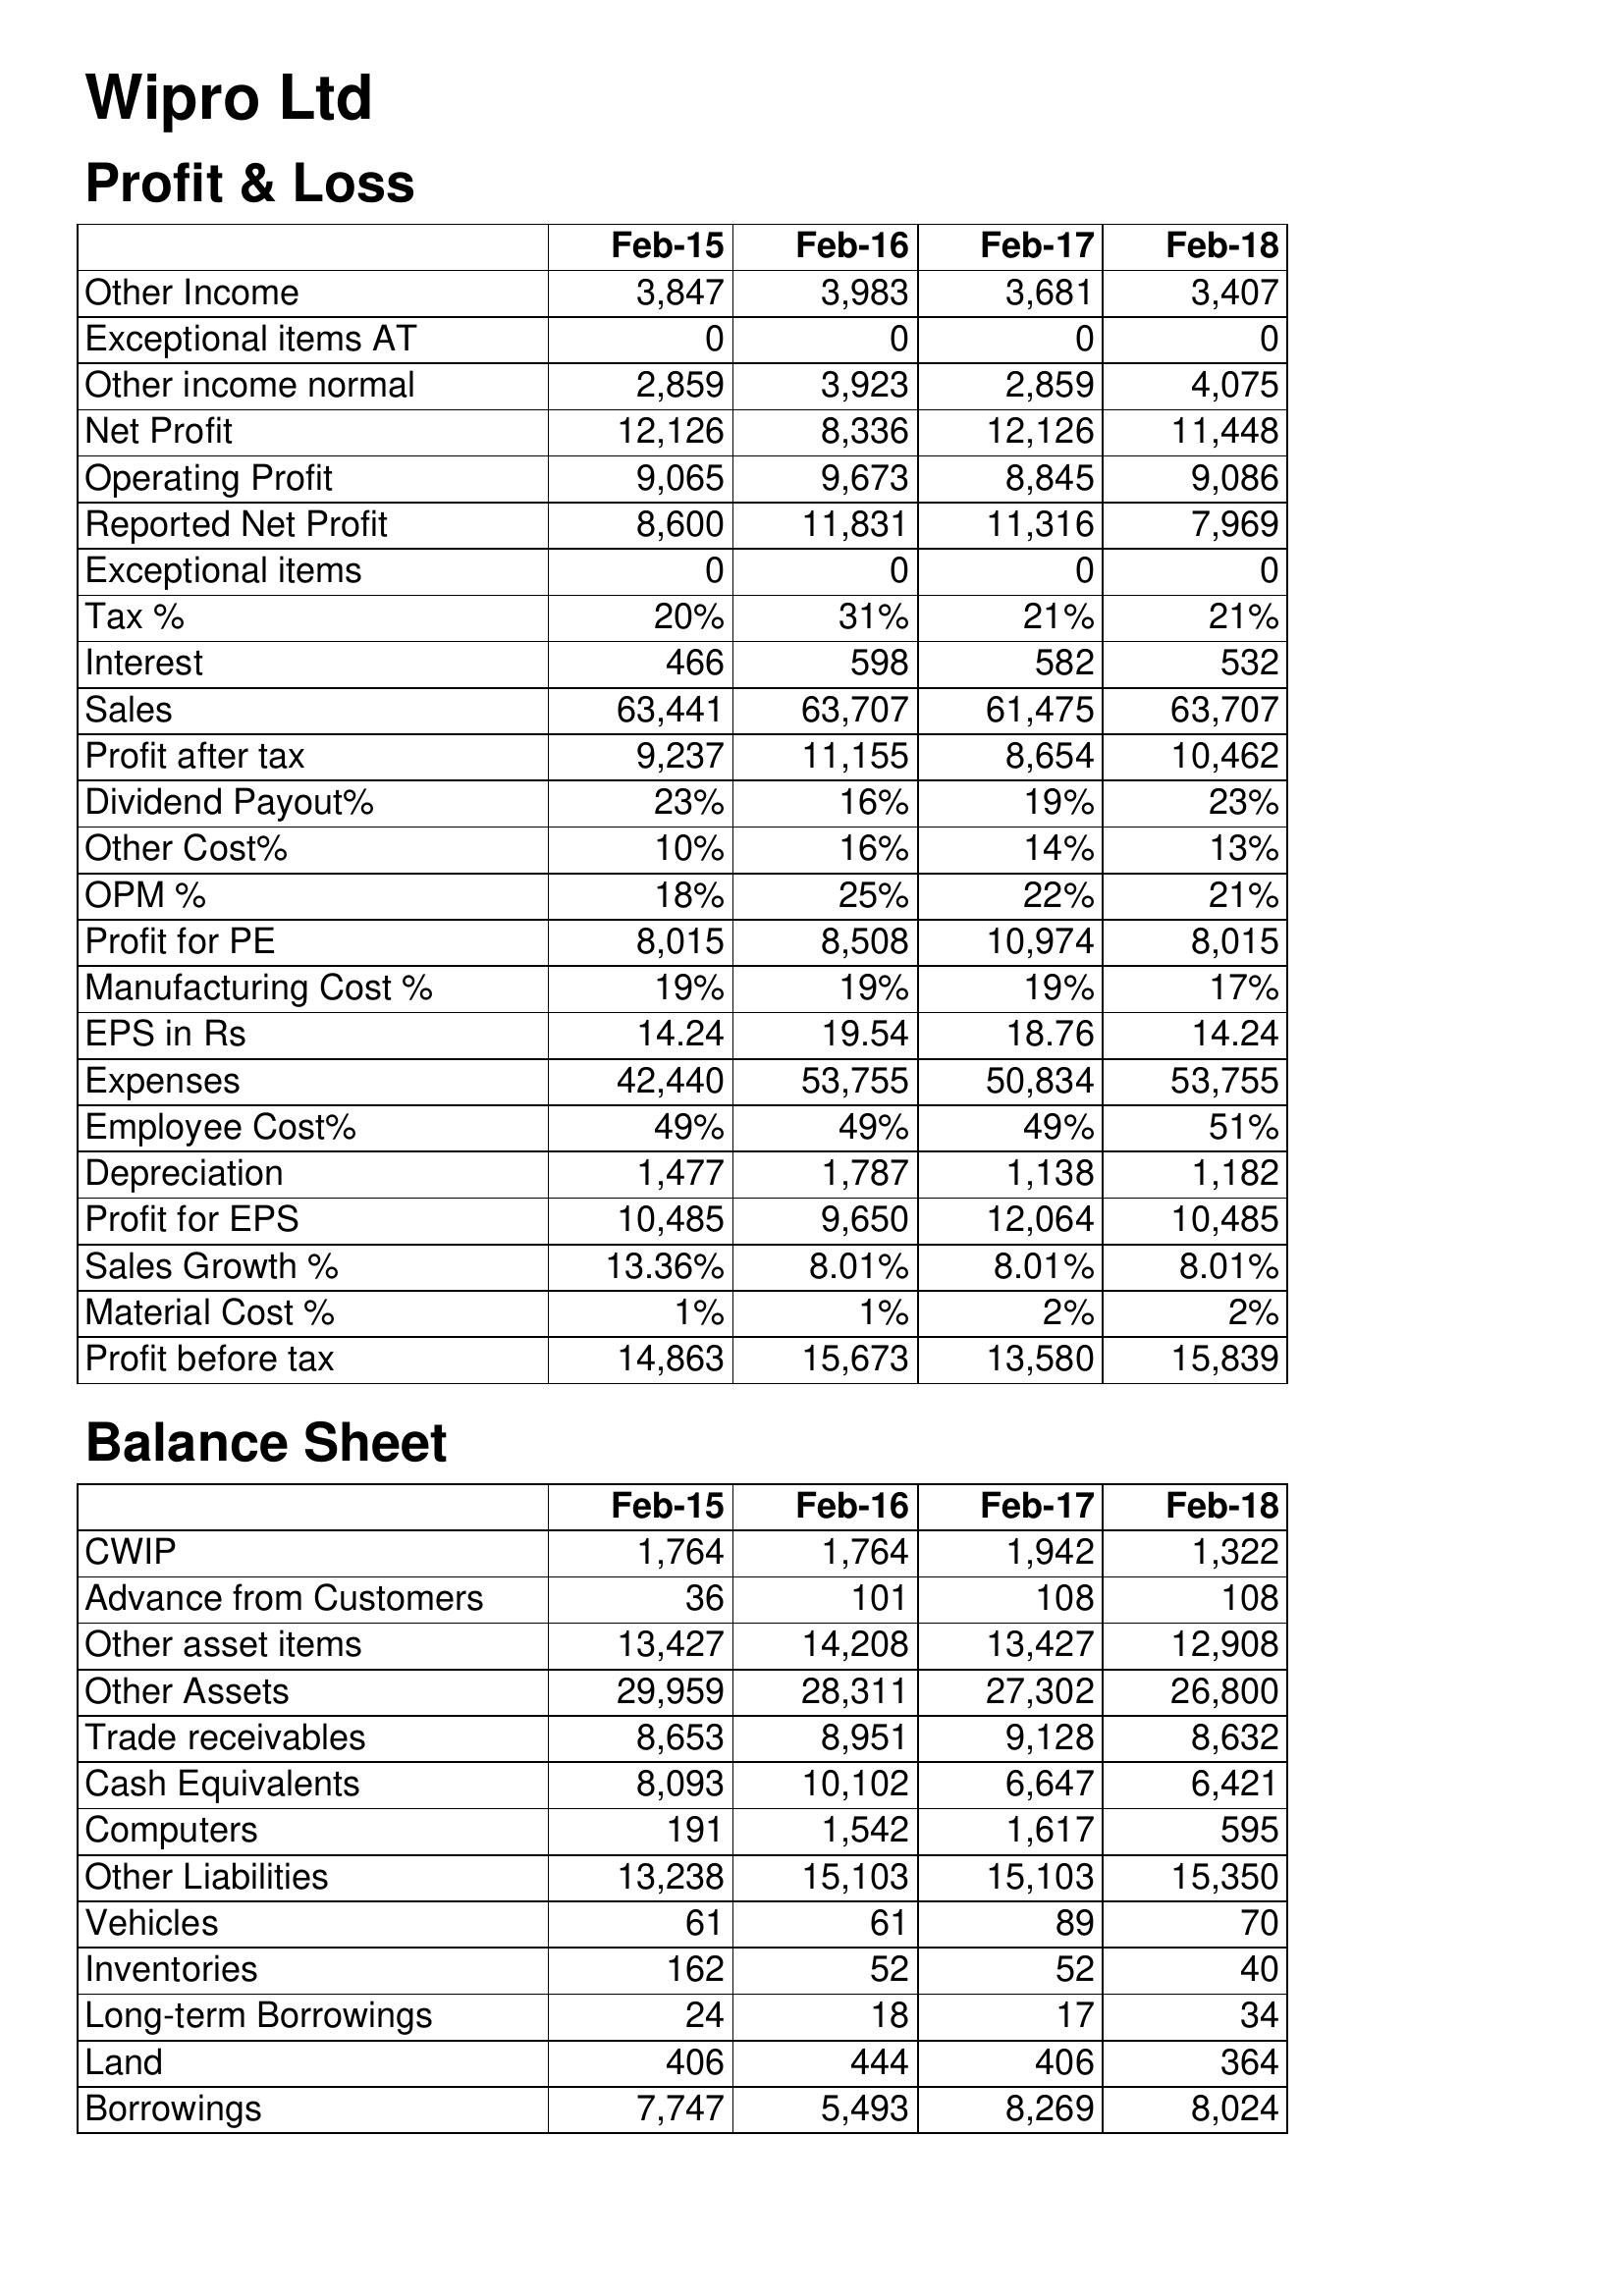
Feb-15: Profit & Loss: Other Income: 3,847
Exceptional items AT: 0
Other income normal: 2,859
Net Profit: 12,126
Operating Profit: 9,065
Reported Net Profit: 8,600
Exceptional items: 0
Tax %: 20%
Interest: 466
Sales: 63,441
Profit after tax: 9,237
Dividend Payout%: 23%
Other Cost%: 10%
OPM %: 18%
Profit for PE: 8,015
Manufacturing Cost %: 19%
EPS in Rs: 14.24
Expenses: 42,440
Employee Cost%: 49%
Depreciation: 1,477
Profit for EPS: 10,485
Sales Growth %: 13.36%
Material Cost %: 1%
Profit before tax: 14,863
Balance Sheet: CWIP: 1,764
Advance from Customers: 36
Other asset items: 13,427
Other Assets: 29,959
Trade receivables: 8,653
Cash Equivalents: 8,093
Computers: 191
Other Liabilities: 13,238
Vehicles: 61
Inventories: 162
Long-term Borrowings: 24
Land: 406
Borrowings: 7,747
Feb-16: Profit & Loss: Other Income: 3,983
Exceptional items AT: 0
Other income normal: 3,923
Net Profit: 8,336
Operating Profit: 9,673
Reported Net Profit: 11,831
Exceptional items: 0
Tax %: 31%
Interest: 598
Sales: 63,707
Profit after tax: 11,155
Dividend Payout%: 16%
Other Cost%: 16%
OPM %: 25%
Profit for PE: 8,508
Manufacturing Cost %: 19%
EPS in Rs: 19.54
Expenses: 53,755
Employee Cost%: 49%
Depreciation: 1,787
Profit for EPS: 9,650
Sales Growth %: 8.01%
Material Cost %: 1%
Profit before tax: 15,673
Balance Sheet: CWIP: 1,764
Advance from Customers: 101
Other asset items: 14,208
Other Assets: 28,311
Trade receivables: 8,951
Cash Equivalents: 10,102
Computers: 1,542
Other Liabilities: 15,103
Vehicles: 61
Inventories: 52
Long-term Borrowings: 18
Land: 444
Borrowings: 5,493
Feb-17: Profit & Loss: Other Income: 3,681
Exceptional items AT: 0
Other income normal: 2,859
Net Profit: 12,126
Operating Profit: 8,845
Reported Net Profit: 11,316
Exceptional items: 0
Tax %: 21%
Interest: 582
Sales: 61,475
Profit after tax: 8,654
Dividend Payout%: 19%
Other Cost%: 14%
OPM %: 22%
Profit for PE: 10,974
Manufacturing Cost %: 19%
EPS in Rs: 18.76
Expenses: 50,834
Employee Cost%: 49%
Depreciation: 1,138
Profit for EPS: 12,064
Sales Growth %: 8.01%
Material Cost %: 2%
Profit before tax: 13,580
Balance Sheet: CWIP: 1,942
Advance from Customers: 108
Other asset items: 13,427
Other Assets: 27,302
Trade receivables: 9,128
Cash Equivalents: 6,647
Computers: 1,617
Other Liabilities: 15,103
Vehicles: 89
Inventories: 52
Long-term Borrowings: 17
Land: 406
Borrowings: 8,269
Feb-18: Profit & Loss: Other Income: 3,407
Exceptional items AT: 0
Other income normal: 4,075
Net Profit: 11,448
Operating Profit: 9,086
Reported Net Profit: 7,969
Exceptional items: 0
Tax %: 21%
Interest: 532
Sales: 63,707
Profit after tax: 10,462
Dividend Payout%: 23%
Other Cost%: 13%
OPM %: 21%
Profit for PE: 8,015
Manufacturing Cost %: 17%
EPS in Rs: 14.24
Expenses: 53,755
Employee Cost%: 51%
Depreciation: 1,182
Profit for EPS: 10,485
Sales Growth %: 8.01%
Material Cost %: 2%
Profit before tax: 15,839
Balance Sheet: CWIP: 1,322
Advance from Customers: 108
Other asset items: 12,908
Other Assets: 26,800
Trade receivables: 8,632
Cash Equivalents: 6,421
Computers: 595
Other Liabilities: 15,350
Vehicles: 70
Inventories: 40
Long-term Borrowings: 34
Land: 364
Borrowings: 8,024